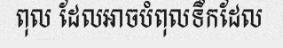
ពុល ដែលអាចបំពុលទឹកដែល